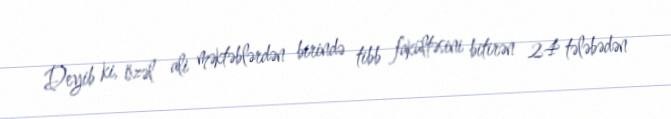
Deyib ki, özəl ali məktəblərdən birində tibb fakültəsini bitirən 24 tələbədən